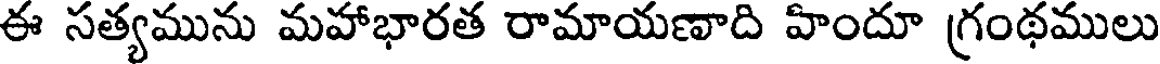
ఈ సత్యమును మహాభారత రామాయణాది హిందూ గ్రంథములు